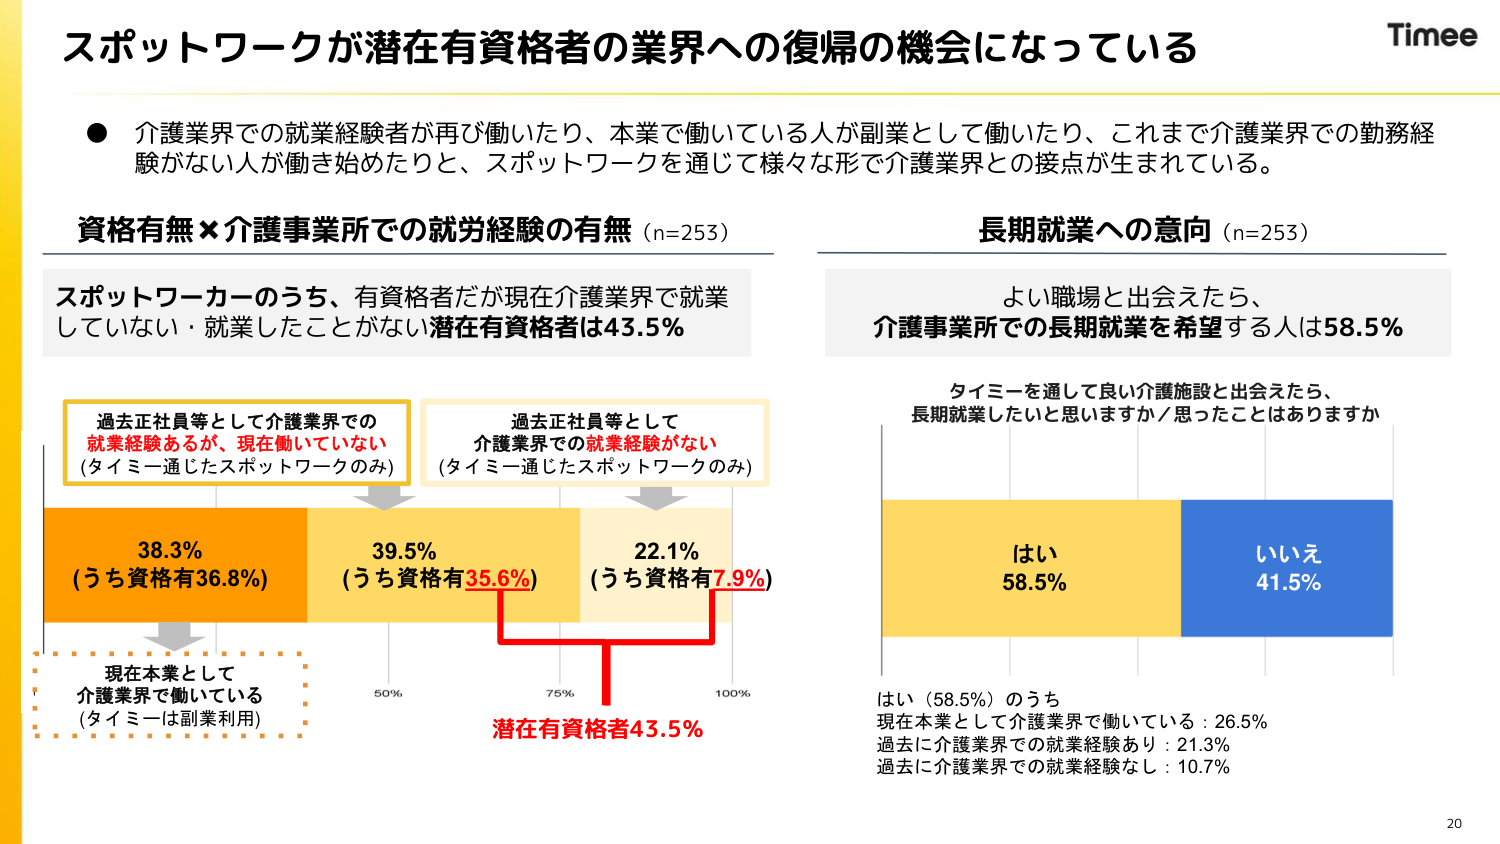
スポットワークが潜在有資格者の業界への復帰の機会になっている

● 介護業界での就業経験者が再び働いたり、本業で働いている人が副業として働いたり、これまで介護業界での勤務経験がない人が働き始めたりと、スポットワークを通じて様々な形で介護業界との接点が生まれている。

資格有無×介護事業所での就労経験の有無（n=253）

スポットワーカーのうち、有資格者だが現在介護業界で就業していない・就業したことがない潜在有資格者は43.5%

過去正社員等として介護業界での就業経験あるが、現在働いていない
（タイミー通じたスポットワークのみ）

過去正社員等として介護業界での就業経験がない
（タイミー通じたスポットワークのみ）

38.3%
（うち資格有36.8%）

39.5%
（うち資格有35.6%）

22.1%
（うち資格有7.9%）

現在本業として介護業界で働いている
（タイミーは副業利用）

50% 75% 100%

潜在有資格者43.5%

長期就業への意向（n=253）

よい職場と出会えたら、
介護事業所での長期就業を希望する人は58.5%

タイミーを通して良い介護施設と出会えたら、
長期就業したいと思いますか／思ったことはありますか

はい 58.5%
いいえ 41.5%

はい（58.5%）のうち
現在本業として介護業界で働いている：26.5%
過去に介護業界での就業経験あり：21.3%
過去に介護業界での就業経験なし：10.7%

Timee

20